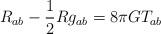
LaTeX: \begin{align*}R_{ab} - \frac{1}{2} R g_{ab} = 8\pi GT_{ab}\end{align*}